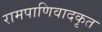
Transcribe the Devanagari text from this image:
रामपाणिवादकृत